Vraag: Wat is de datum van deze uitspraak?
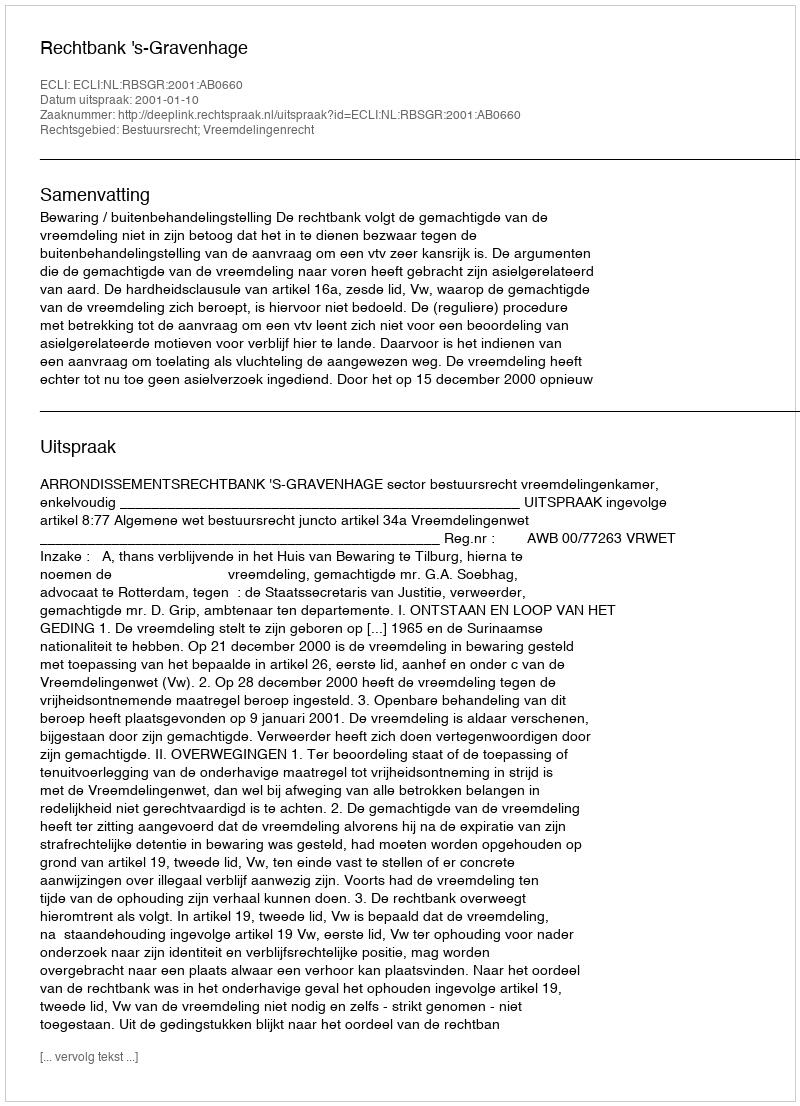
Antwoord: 2001-01-10